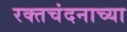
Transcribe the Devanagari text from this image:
रक्तचंदनाच्या